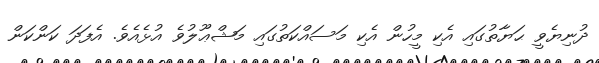
ދުނިޔެވީ ޙަޔާތުގައި އެކި މީހުން އެކި މަސައްކަތުގައި މަޝްޢޫލުވެ އުޅެއެވެ. އެފަދަ ކަންކަން